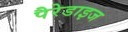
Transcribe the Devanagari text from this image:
पैरेडाइज